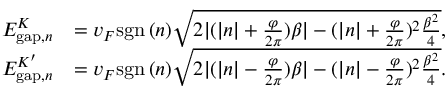
\begin{array} { r l } { E _ { \mathrm { g a p } , n } ^ { K } } & { = v _ { F } \mathrm { s g n } \, ( n ) \sqrt { 2 | ( | n | + \frac { \varphi } { 2 \pi } ) \beta | - ( | n | + \frac { \varphi } { 2 \pi } ) ^ { 2 } \frac { \beta ^ { 2 } } { 4 } } , } \\ { E _ { \mathrm { g a p } , n } ^ { K ^ { \prime } } } & { = v _ { F } \mathrm { s g n } \, ( n ) \sqrt { 2 | ( | n | - \frac { \varphi } { 2 \pi } ) \beta | - ( | n | - \frac { \varphi } { 2 \pi } ) ^ { 2 } \frac { \beta ^ { 2 } } { 4 } } . } \end{array}